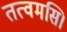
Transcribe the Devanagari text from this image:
तत्वमसि।